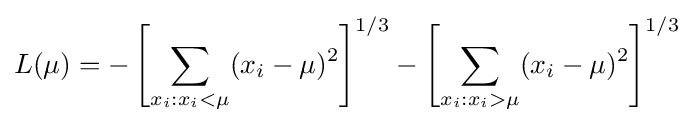
L(\mu )=-\left[\sum _{x_{i}:x_{i}<\mu }(x_{i}-\mu )^{2}\right]^{1/3}-\left[\sum _{x_{i}:x_{i}>\mu }(x_{i}-\mu )^{2}\right]^{1/3}